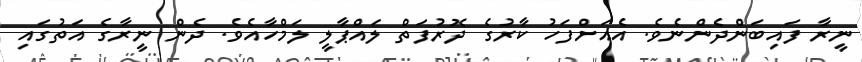
ނީރާ ފައިބަންދެންނެވެ. އެއަށްފަހު ކާރުގެ ދޮރުފަތް ލައްޕާލީ ލަމްހާއެވެ. ދެން ނީރާގެ އަތުގައި